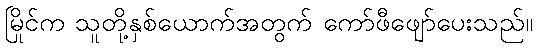
မြိုင်က သူတို့နှစ်ယောက်အတွက် ကော်ဖီဖျော်ပေးသည်။